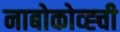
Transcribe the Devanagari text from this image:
नाबोकोव्ह्ची